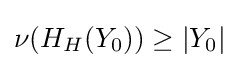
\nu (H_{H}(Y_{0}))\geq |Y_{0}|